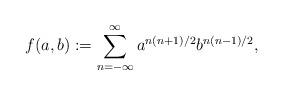
LaTeX: \begin{align*}f(a,b):=\sum_{n=-\infty}^{\infty}a^{n(n+1)/2}b^{n(n-1)/2},\end{align*}